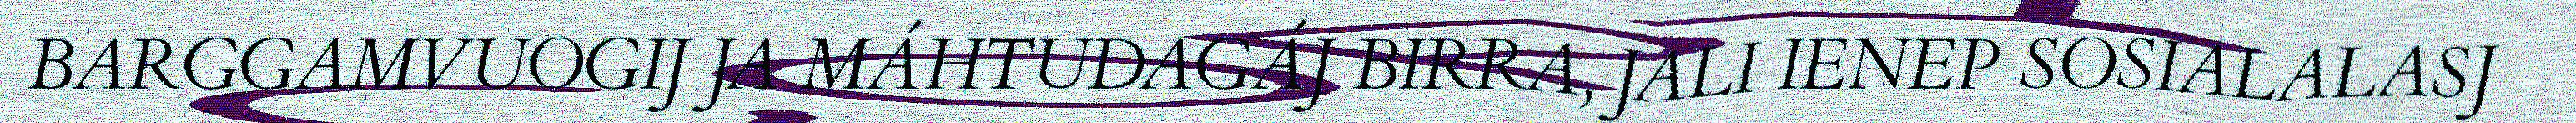
BARGGAMVUOGIJ JA MÁHTUDAGÁJ BIRRA, JALI IENEP SOSIALALASJ